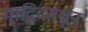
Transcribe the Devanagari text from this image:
माद्रिदमधून